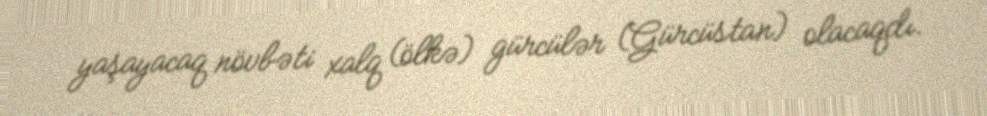
yaşayacaq növbəti xalq (ölkə) gürcülər (Gürcüstan) olacaqdı.